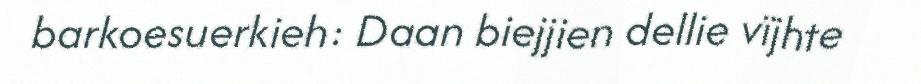
barkoesuerkieh: Daan biejjien dellie vïjhte